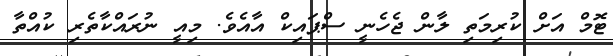
ޓޮމް އަށް ކުރިމަތި ލާން ޖެހެނީ ސްޕައިކް އާއެވެ. މިއީ ނުރައްކާތެރި ކުއްތާ